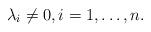
LaTeX: \begin{align*}\lambda_i \neq 0, i = 1, \dots, n.\end{align*}